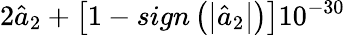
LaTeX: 2{{\hat{a}}_{2}}+\left[1-sign\left(\left|{{{\hat{a}}}_{2}}\right|\right)\right]{{10}^{-30}}